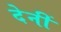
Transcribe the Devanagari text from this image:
देनीं